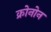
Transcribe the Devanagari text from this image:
क्रोनोन